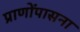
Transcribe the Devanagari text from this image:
प्राणोंपासना